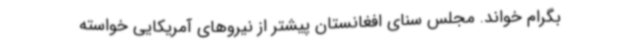
بگرام خواند. مجلس سنای افغانستان پیشتر از نیروهای آمریکایی خواسته